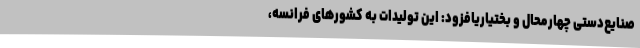
صنایع‌دستی چهارمحال و بختیاریافزود: این تولیدات به کشورهای فرانسه،